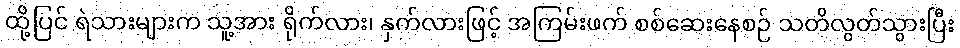
ထို့ပြင် ရဲသားများက သူ့အား ရိုက်လား၊ နှက်လားဖြင့် အကြမ်းဖက် စစ်ဆေးနေစဉ် သတိလွတ်သွားပြီး